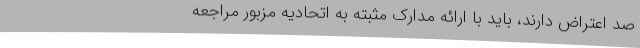
صد اعتراض دارند، باید با ارائه مدارک مثبته به اتحادیه مزبور مراجعه